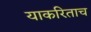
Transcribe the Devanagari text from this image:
याकरिताच